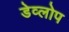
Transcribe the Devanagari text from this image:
डेव्लोप